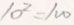
1 0 ^ { 2 } = 1 0 0